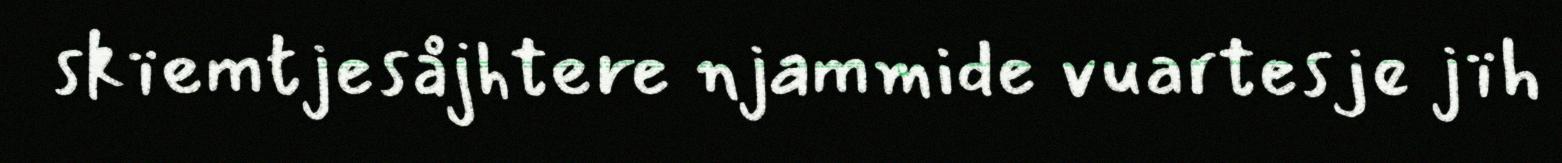
skïemtjesåjhtere njammide vuartesje jïh